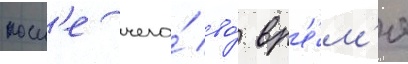
посл'е чего́ во́ вр'е́м'я